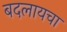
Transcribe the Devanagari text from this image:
बदलायचा